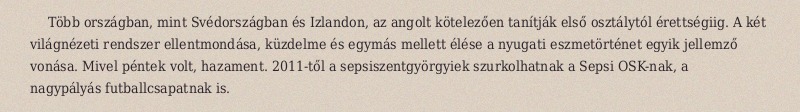
Több országban, mint Svédországban és Izlandon, az angolt kötelezően tanítják első osztálytól érettségiig. A két világnézeti rendszer ellentmondása, küzdelme és egymás mellett élése a nyugati eszmetörténet egyik jellemző vonása. Mivel péntek volt, hazament. 2011-től a sepsiszentgyörgyiek szurkolhatnak a Sepsi OSK-nak, a nagypályás futballcsapatnak is.